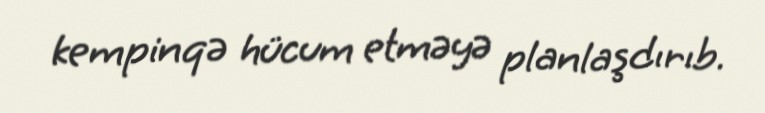
kempinqə hücum etməyə planlaşdırıb.